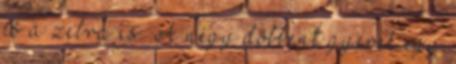
és a zebra is. A négy döbbent gyerek egy